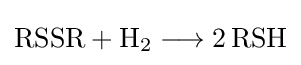
{\mathrm {RSSR} {}+{}\mathrm {H} {\vphantom {A}}_{\smash[{t}]{2}}{}\mathrel {\longrightarrow } {}2\,\mathrm {RSH} }